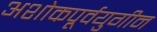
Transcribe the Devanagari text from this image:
अशोकपूर्वयुगीन